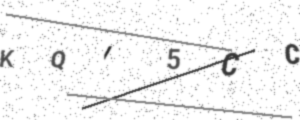
Text: KQI5CC